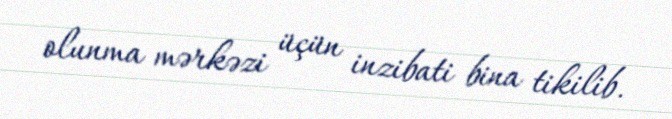
olunma mərkəzi üçün inzibati bina tikilib.